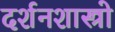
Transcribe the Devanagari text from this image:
दर्शनशास्त्रो